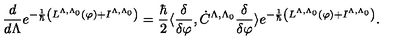
\frac { d } { d \Lambda } e ^ { - \frac { 1 } { \hbar } \left( L ^ { \Lambda , \Lambda _ { 0 } } ( \varphi ) + I ^ { \Lambda , \Lambda _ { 0 } } \right) } = \frac { \hbar } { 2 } \langle \frac { \delta } { \delta \varphi } , \dot { C } ^ { \Lambda , \Lambda _ { 0 } } \frac { \delta } { \delta \varphi } \rangle e ^ { - \frac { 1 } { \hbar } \left( L ^ { \Lambda , \Lambda _ { 0 } } ( \varphi ) + I ^ { \Lambda , \Lambda _ { 0 } } \right) } .